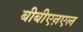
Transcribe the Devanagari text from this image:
बीबीएऩएल